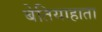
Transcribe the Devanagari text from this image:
बेतियाहाता